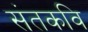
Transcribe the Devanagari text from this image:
संतकवि